Alma_Vaarman, lk 15
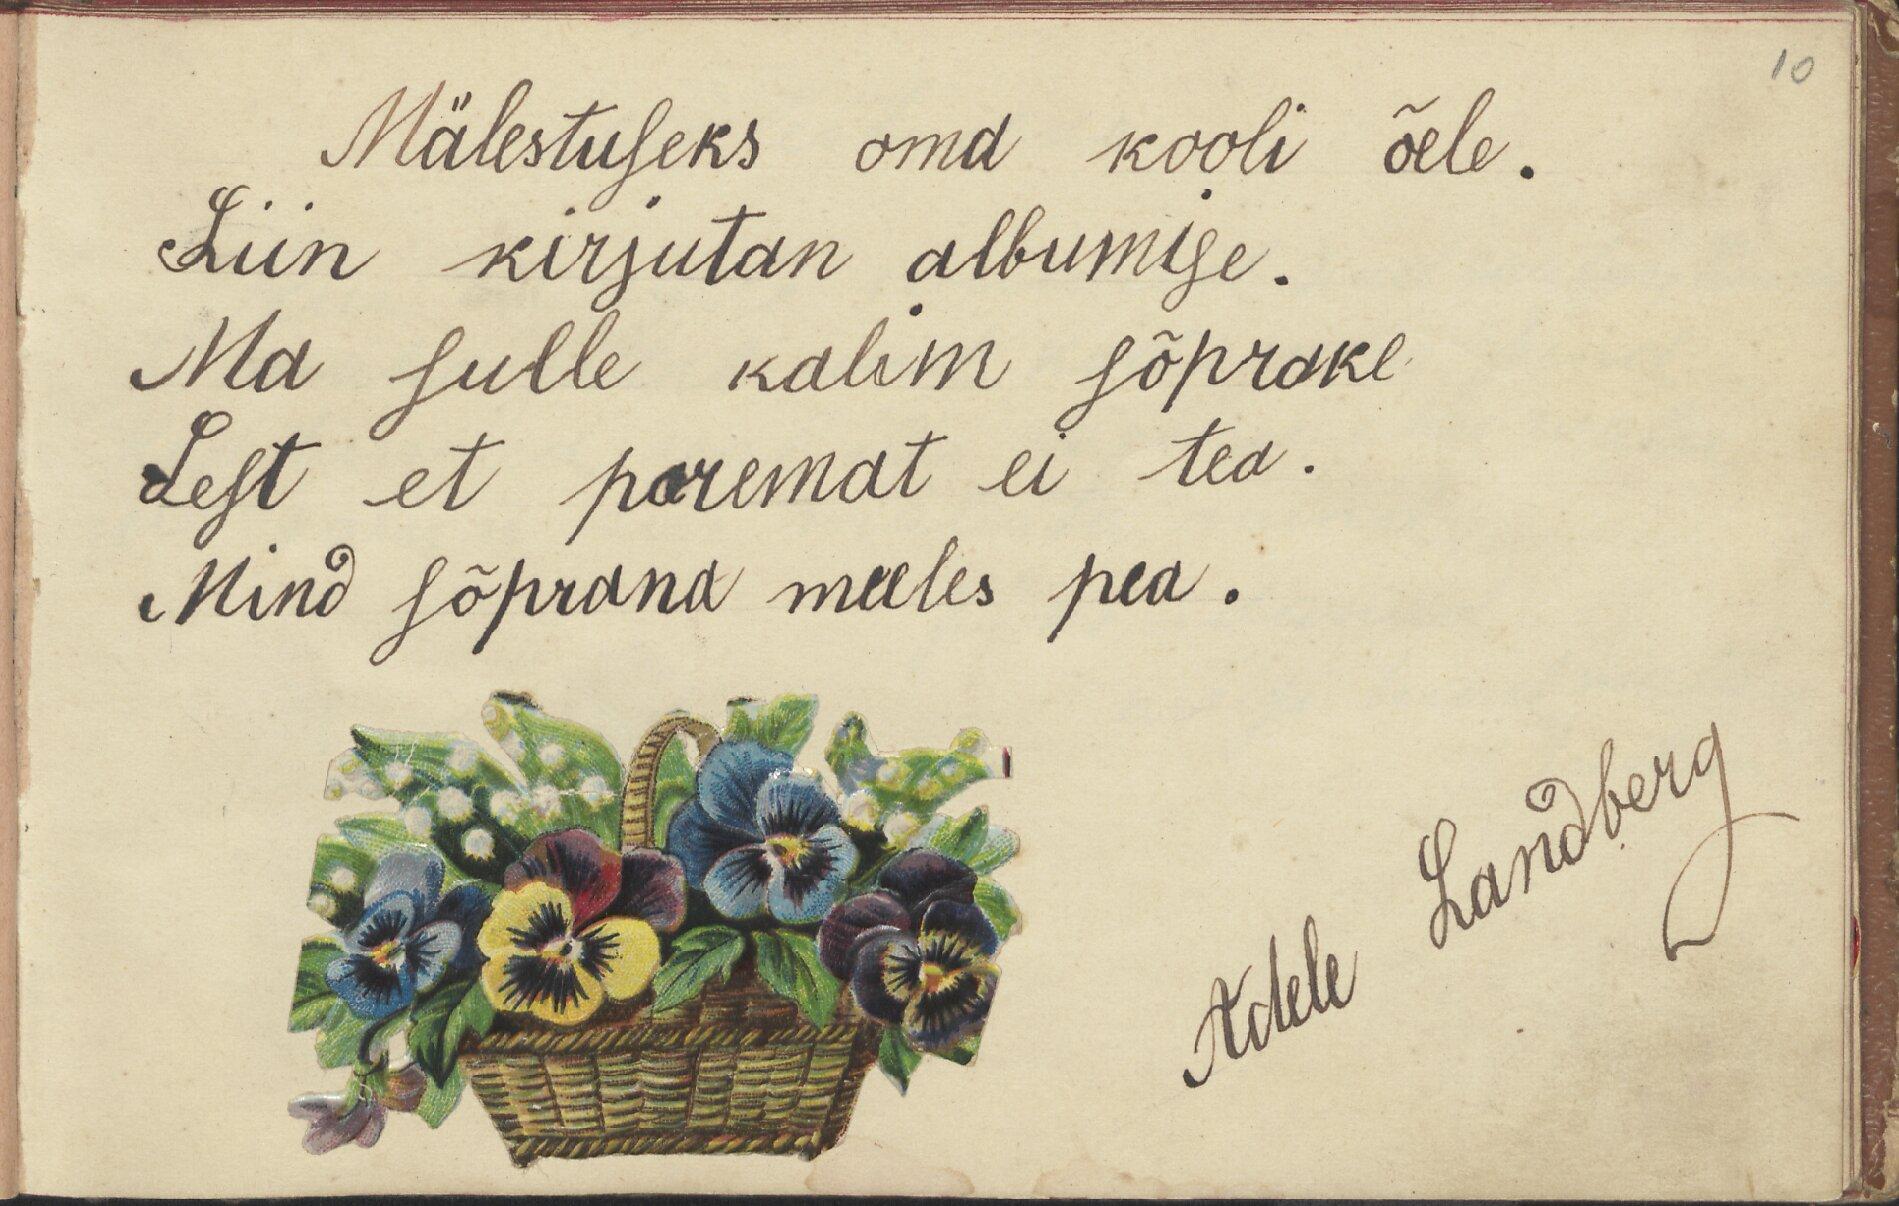
10

Mälestuseks oma kooli õele.
Siin kirjutan albumise.
Ma sulle kalim sõprake
Sest et paremat ei tea.
Mind sõprana meeles pea.

Adele Landberg